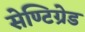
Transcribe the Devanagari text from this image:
सेण्टिग्रेड